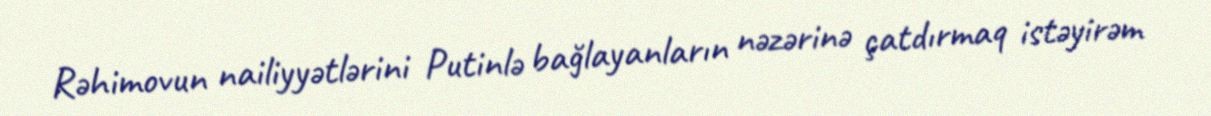
Rəhimovun nailiyyətlərini Putinlə bağlayanların nəzərinə çatdırmaq istəyirəm